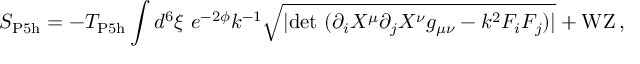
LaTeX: S _ { \mathrm { P 5 h } } = - T _ { \mathrm { P 5 h } } \int d ^ { 6 } \xi \ e ^ { - 2 { \phi } } k ^ { - 1 } \sqrt { | \mathrm { d e t } \ ( \partial _ { i } X ^ { \mu } \partial _ { j } { X } ^ { \nu } g _ { \mu \nu } - k ^ { 2 } F _ { i } F _ { j } ) | } + \mathrm { W Z } \, ,